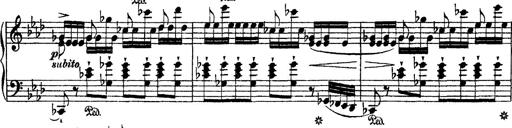
Title: Ã‰tudes d'exÃ©cution transcendante d'aprÃ¨s Paganini
Composer: Franz Liszt